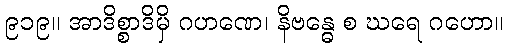
၉၁၉။ အာဒိစ္စာဒိမှိ ဂဟဏေ၊ နိဗန္ဓေ စ ဃရေ ဂဟော။